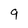
Character: 9